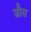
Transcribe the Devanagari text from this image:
जौस